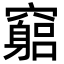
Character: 竆